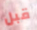
قبل